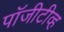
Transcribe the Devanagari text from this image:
पॉजीटीव्ह